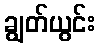
ချွတ်ယွင်း